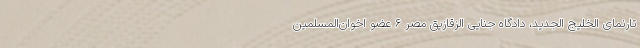
تارنمای الخلیج الجدید، دادگاه جنایی الزقازیق مصر ۶ عضو اخوان‌المسلمین